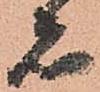
者